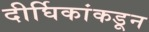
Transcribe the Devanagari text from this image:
दीर्घिकांकडून